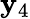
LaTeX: \mathbf{y}_{4}